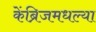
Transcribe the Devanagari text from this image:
केंब्रिजमधल्या